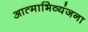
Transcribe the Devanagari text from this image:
आत्‍माभिव्‍यंजना